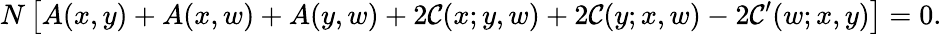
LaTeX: N\, \bigl[A(x,y)+A(x,w)+A(y,w)+2\mathcal{C}(x;y,w)+2\mathcal{C}(y;x,w)-2\mathcal{C}^{\prime}(w;x,y)\bigr]=0.